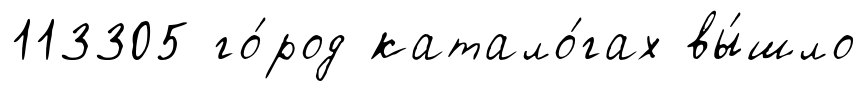
113305 го́род катало́гах вы́шло